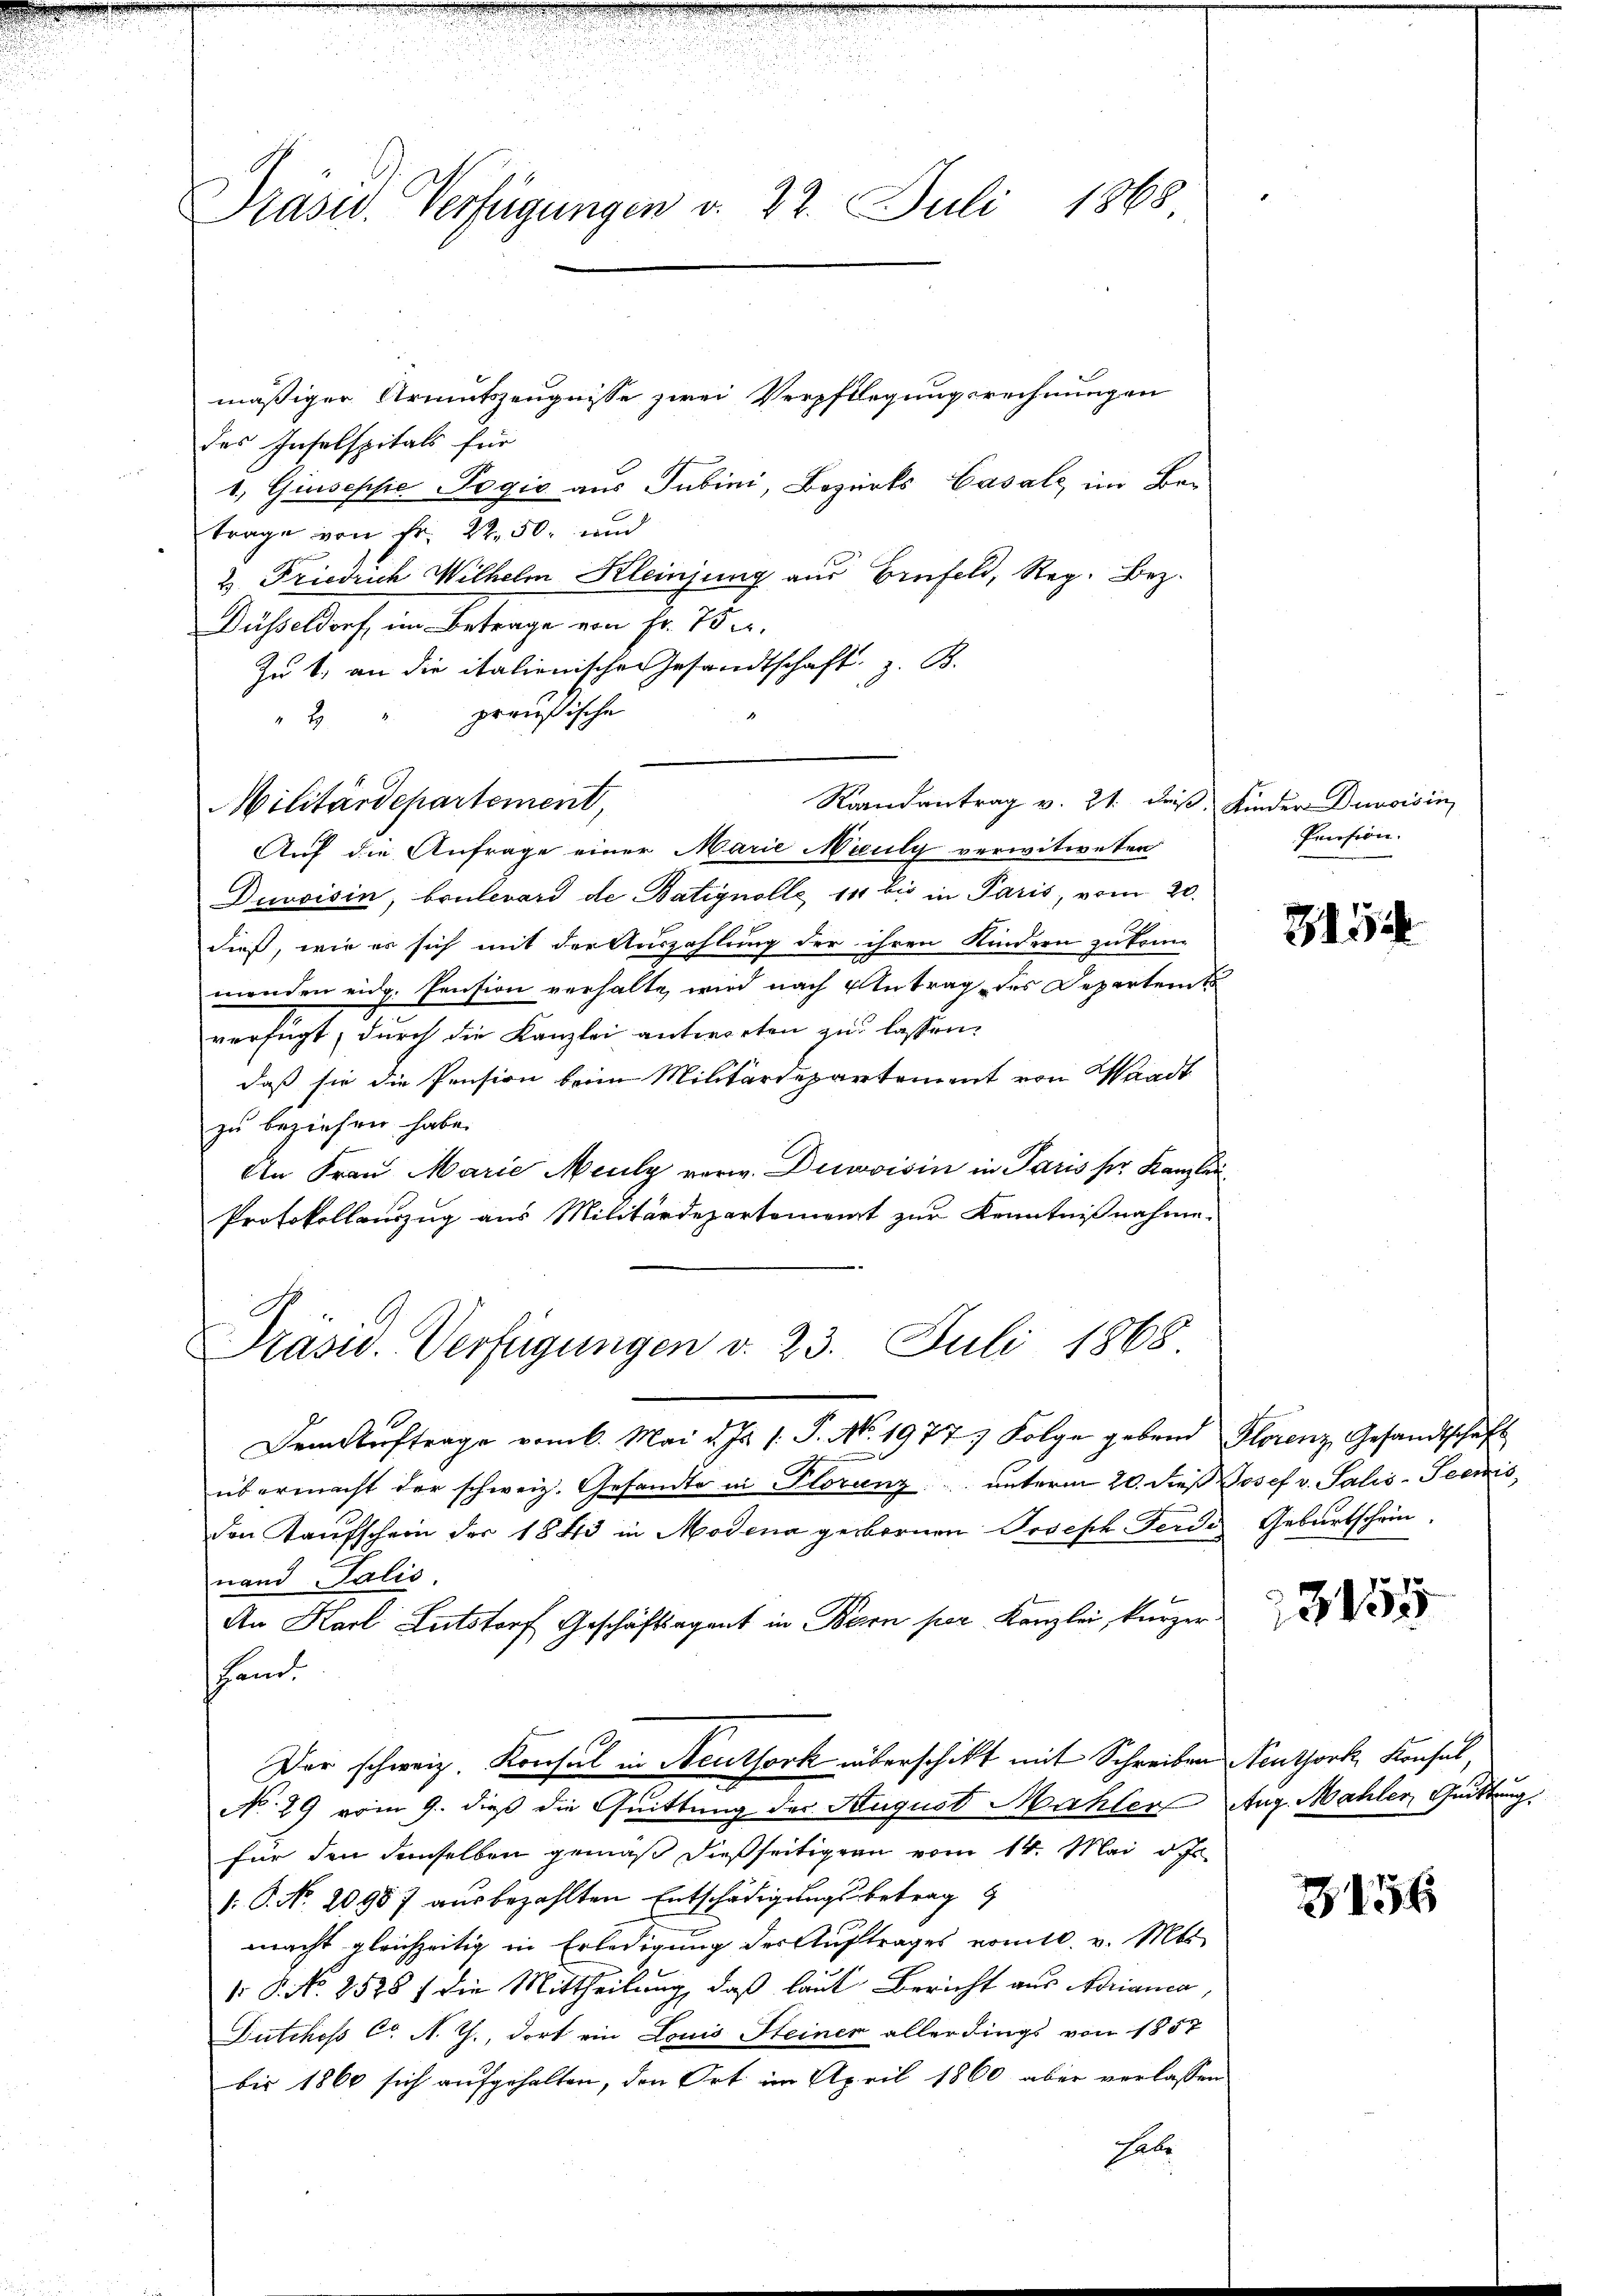
Präsid. Verfügungen d. 22. Juli 1868

mäßiger Armutszeugnisse zwei Verpflegungsrechnungen
des Inselspitals für
1. Quiseppe Pogio aus Jubini, Bezirks Casalz im Be-
trage von Fr. 22.50. und
2 Friedrich Wilhelm Kleinjung aus Einfeld, Reg. Bez.
Düsseldorf, im Betrage von Fr. 75.
Zu 1. an die italienischen Gesandtschaft z. B.
preußische
8

Randantrag v. 21. des Kinder Dunoisin
Militärdepartement,

Auf die Anfrage einer Marie Niculy verwitweten
Duvoisin, brulevard de Batignolle 14 bis in Paris, vom 20.
dieß, wie er sich mit der Auszahlung der ihren Kindern zu könn
menden eidg. Pension verhalte, wird nach Antrag des Departem t
verfügt, durch die Kanzlei antworten zu lassen.
daß sie die Pension beim Militärdepartement von Waadt
zu beziehen habe.
An Frau Marie Mauly verw. Deroisin in Paris ser Kanzlei
Protokollauszug aus Militärdepartement zur Kenntnißnahme.

Präsid. Verfügungen d. 23. Juli 1868

Der schweiz. Konsul in Reuthork überschikt mit Schreiben Neuthork, Konsel,

Dem Kauftrage vom 6. Mai d. Js. s. S. No. 1977 Folge gebend Florenz Gesandtschaft
übermacht der schweiz. Gesandte in Florenz unterm 20. dieß Josef v. Salis-Seemis
den Kaufschein der 1843 in Modena gebornen Joseph Ferdi
nand Talić.
An Karl Lutstorf Geschäftsagent in Bern per Kanzlei, kurzer.
fan
No. 29 vom 9. dieß die Quittung der August Mahler Aug. Mahler Quittung
für den denselben gemäß dießseitigern vom 14. Mai d. Js.
: P. No. 20987 ausbezahlten Entschädigungsbetrag
macht gleichzeitig in Erledigung der Auftrages vomtl. v. Mts
 P. No. 2578 f die Mittheilung, daß laut Bericht aus Norianca,
Dutchoss C. N. Z., dort ein Louis Steiner allerdings von 1857
bis 1860 sich aufgehalten, den Ort im April 1860 aber verlassen
habe

Pension.

3154

Geburtschein.

3455

2156